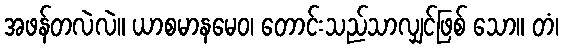
အဖန်တလဲလဲ။ ယာစမာနမေဝ၊ တောင်းသည်သာလျှင်ဖြစ် သော။ တံ၊